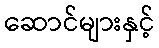
ဆောင်များနှင့်